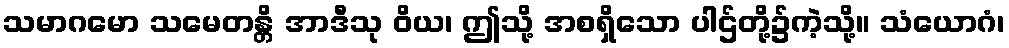
သမာဂမော သမေတန္တိ အာဒီသု ဝိယ၊ ဤသို့ အစရှိသော ပါဌ်တို့၌ကဲ့သို့။ သံယောဂံ၊